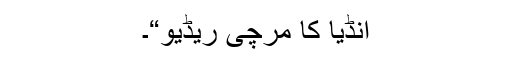
انڈیا کا مرچی ریڈیو“۔